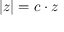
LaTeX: | z | = c \cdot z